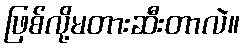
ဖြစ်လို့မတားဆီးတာလဲ။